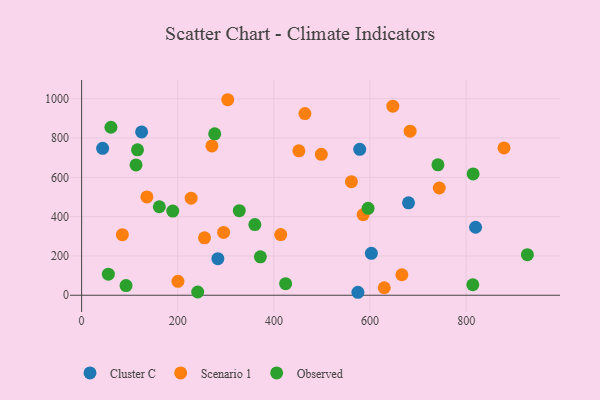
{"axis": {"x": "Speed", "y": "Salary"}, "legend": ["Cluster C", "Observed", "Scenario 1"], "data": [{"x": "819.6", "y": 345.9, "type": "Cluster C"}, {"x": "578.6", "y": 742.4, "type": "Cluster C"}, {"x": "574.8", "y": 15.1, "type": "Cluster C"}, {"x": "124.8", "y": 830.8, "type": "Cluster C"}, {"x": "283.5", "y": 185.9, "type": "Cluster C"}, {"x": "43.7", "y": 747.4, "type": "Cluster C"}, {"x": "680.1", "y": 470.4, "type": "Cluster C"}, {"x": "602.8", "y": 213.2, "type": "Cluster C"}, {"x": "585.7", "y": 410.0, "type": "Scenario 1"}, {"x": "295.4", "y": 319.9, "type": "Scenario 1"}, {"x": "304.0", "y": 994.9, "type": "Scenario 1"}, {"x": "683.5", "y": 834.7, "type": "Scenario 1"}, {"x": "84.8", "y": 308.4, "type": "Scenario 1"}, {"x": "271.1", "y": 759.7, "type": "Scenario 1"}, {"x": "414.2", "y": 308.5, "type": "Scenario 1"}, {"x": "255.7", "y": 292.0, "type": "Scenario 1"}, {"x": "629.6", "y": 38.2, "type": "Scenario 1"}, {"x": "200.4", "y": 70.6, "type": "Scenario 1"}, {"x": "227.8", "y": 493.8, "type": "Scenario 1"}, {"x": "452.0", "y": 735.1, "type": "Scenario 1"}, {"x": "744.1", "y": 545.6, "type": "Scenario 1"}, {"x": "498.7", "y": 716.9, "type": "Scenario 1"}, {"x": "647.5", "y": 962.1, "type": "Scenario 1"}, {"x": "135.8", "y": 500.2, "type": "Scenario 1"}, {"x": "464.6", "y": 924.4, "type": "Scenario 1"}, {"x": "878.8", "y": 749.7, "type": "Scenario 1"}, {"x": "561.3", "y": 577.8, "type": "Scenario 1"}, {"x": "666.3", "y": 104.2, "type": "Scenario 1"}, {"x": "55.6", "y": 107.0, "type": "Observed"}, {"x": "189.6", "y": 428.3, "type": "Observed"}, {"x": "360.4", "y": 359.4, "type": "Observed"}, {"x": "371.9", "y": 195.5, "type": "Observed"}, {"x": "596.0", "y": 442.5, "type": "Observed"}, {"x": "113.2", "y": 663.3, "type": "Observed"}, {"x": "241.5", "y": 16.6, "type": "Observed"}, {"x": "276.9", "y": 821.2, "type": "Observed"}, {"x": "116.3", "y": 740.1, "type": "Observed"}, {"x": "61.0", "y": 854.8, "type": "Observed"}, {"x": "927.4", "y": 206.4, "type": "Observed"}, {"x": "813.9", "y": 53.3, "type": "Observed"}, {"x": "741.3", "y": 663.5, "type": "Observed"}, {"x": "161.7", "y": 450.4, "type": "Observed"}, {"x": "814.5", "y": 617.5, "type": "Observed"}, {"x": "92.4", "y": 49.0, "type": "Observed"}, {"x": "424.4", "y": 58.8, "type": "Observed"}, {"x": "328.0", "y": 430.4, "type": "Observed"}]}